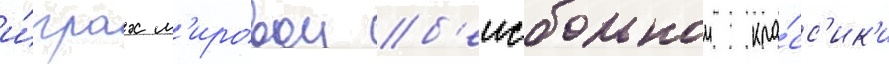
и́грах м'ировои б'еисбольнои кла́сс'ик'и